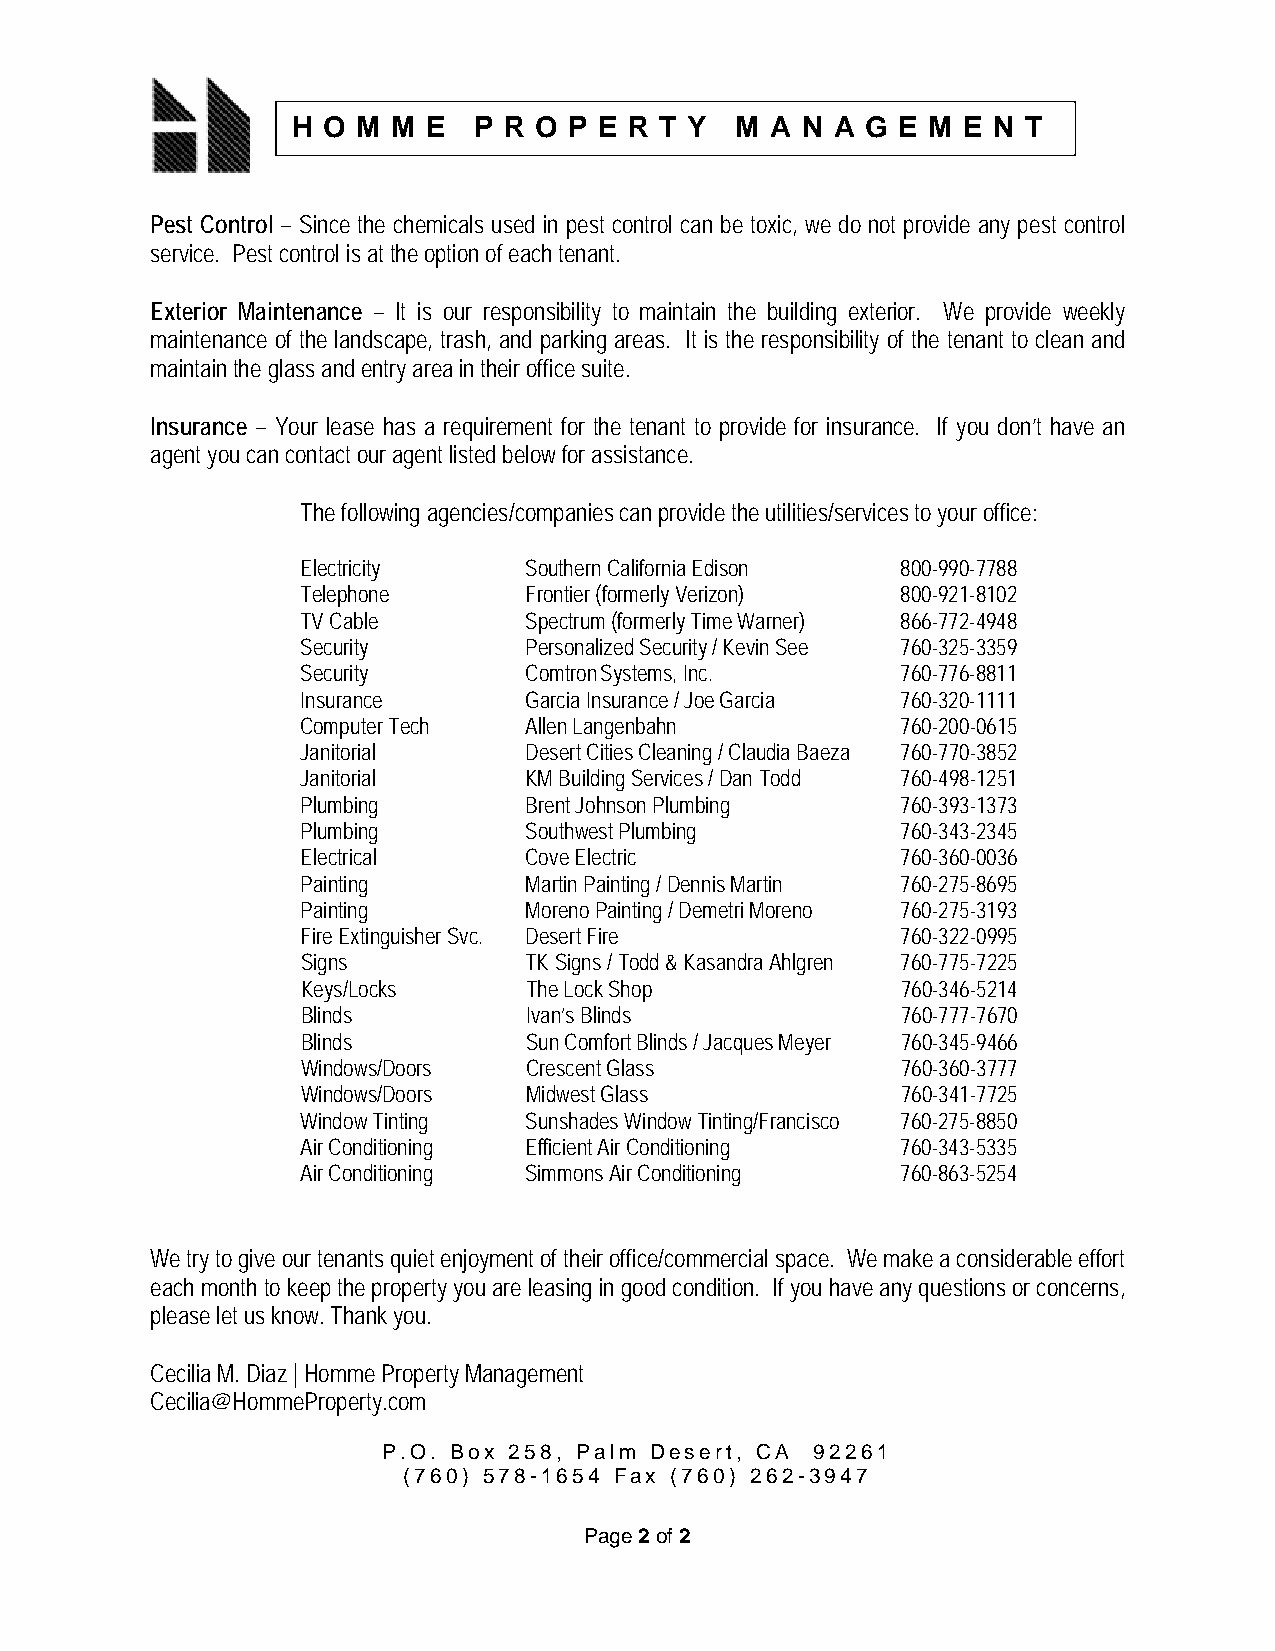
H O  M M E  P R O  P E R T Y  M A N A G  E M E N T
 Pest Control – Since the chemicals used in pest control can be toxic, we do not provide any pest control
 service. Pest control is at the option of each tenant.
 Exterior Maintenance – It is our responsibility to maintain the building exterior. We provide weekly
 maintenance of the landscape, trash, and parking areas. It is the responsibility of the tenant to clean and
 maintain the glass and entry area in their office suite.
 Insurance – Your lease has a requirement for the tenant to provide for insurance. If you don’t have an
 agent you can contact our agent listed below for assistance.
 The following agencies/companies can provide the utilities/services to your office:
 Electricity    Southern California Edison 800-990-7788
 Telephone      Frontier (formerly Verizon) 800-921-8102
 TV Cable       Spectrum (formerly Time Warner) 866-772-4948
 Security       Personalized Security / Kevin See 760-325-3359
 Security       Comtron Systems, Inc.    760-776-8811
 Insurance      Garcia Insurance / Joe Garcia 760-320-1111
 Computer Tech  Allen Langenbahn         760-200-0615
 Janitorial     Desert Cities Cleaning / Claudia Baeza 760-770-3852
 Janitorial     KM Building Services / Dan Todd 760-498-1251
 Plumbing       Brent Johnson Plumbing   760-393-1373
 Plumbing       Southwest Plumbing       760-343-2345
 Electrical     Cove Electric            760-360-0036
 Painting       Martin Painting / Dennis Martin 760-275-8695
 Painting       Moreno Painting / Demetri Moreno 760-275-3193
 Fire Extinguisher Svc. Desert Fire      760-322-0995
 Signs          TK Signs / Todd & Kasandra Ahlgren 760-775-7225
 Keys/Locks     The Lock Shop            760-346-5214
 Blinds         Ivan’s Blinds            760-777-7670
 Blinds         Sun Comfort Blinds / Jacques Meyer 760-345-9466
 Windows/Doors  Crescent Glass           760-360-3777
 Windows/Doors  Midwest Glass            760-341-7725
 Window Tinting Sunshades Window Tinting/Francisco 760-275-8850
 Air Conditioning Efficient Air Conditioning 760-343-5335
 Air Conditioning Simmons Air Conditioning 760-863-5254
 We try to give our tenants quiet enjoyment of their office/commercial space. We make a considerable effort
 each month to keep the property you are leasing in good condition. If you have any questions or concerns,
 please let us know. Thank you.
 Cecilia M. Diaz | Homme Property Management
 Cecilia@HommeProperty.com
 P.O. Box 258, Palm Desert, CA 92261
 (760) 578-1654 Fax (760) 262-3947
 Page 2 of 2